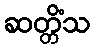
ဆတ္တိံသ